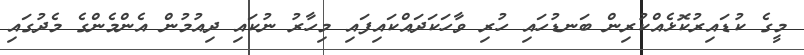
މީގެ ކުޑައިރުކޮޅެއްކުރިން ބަނޑުހައި ހުރި ވާހަކަދައްކައިފައި މިހާރު ނުކައި ދިއުމުން އެންމެންގެ މެދުގައި